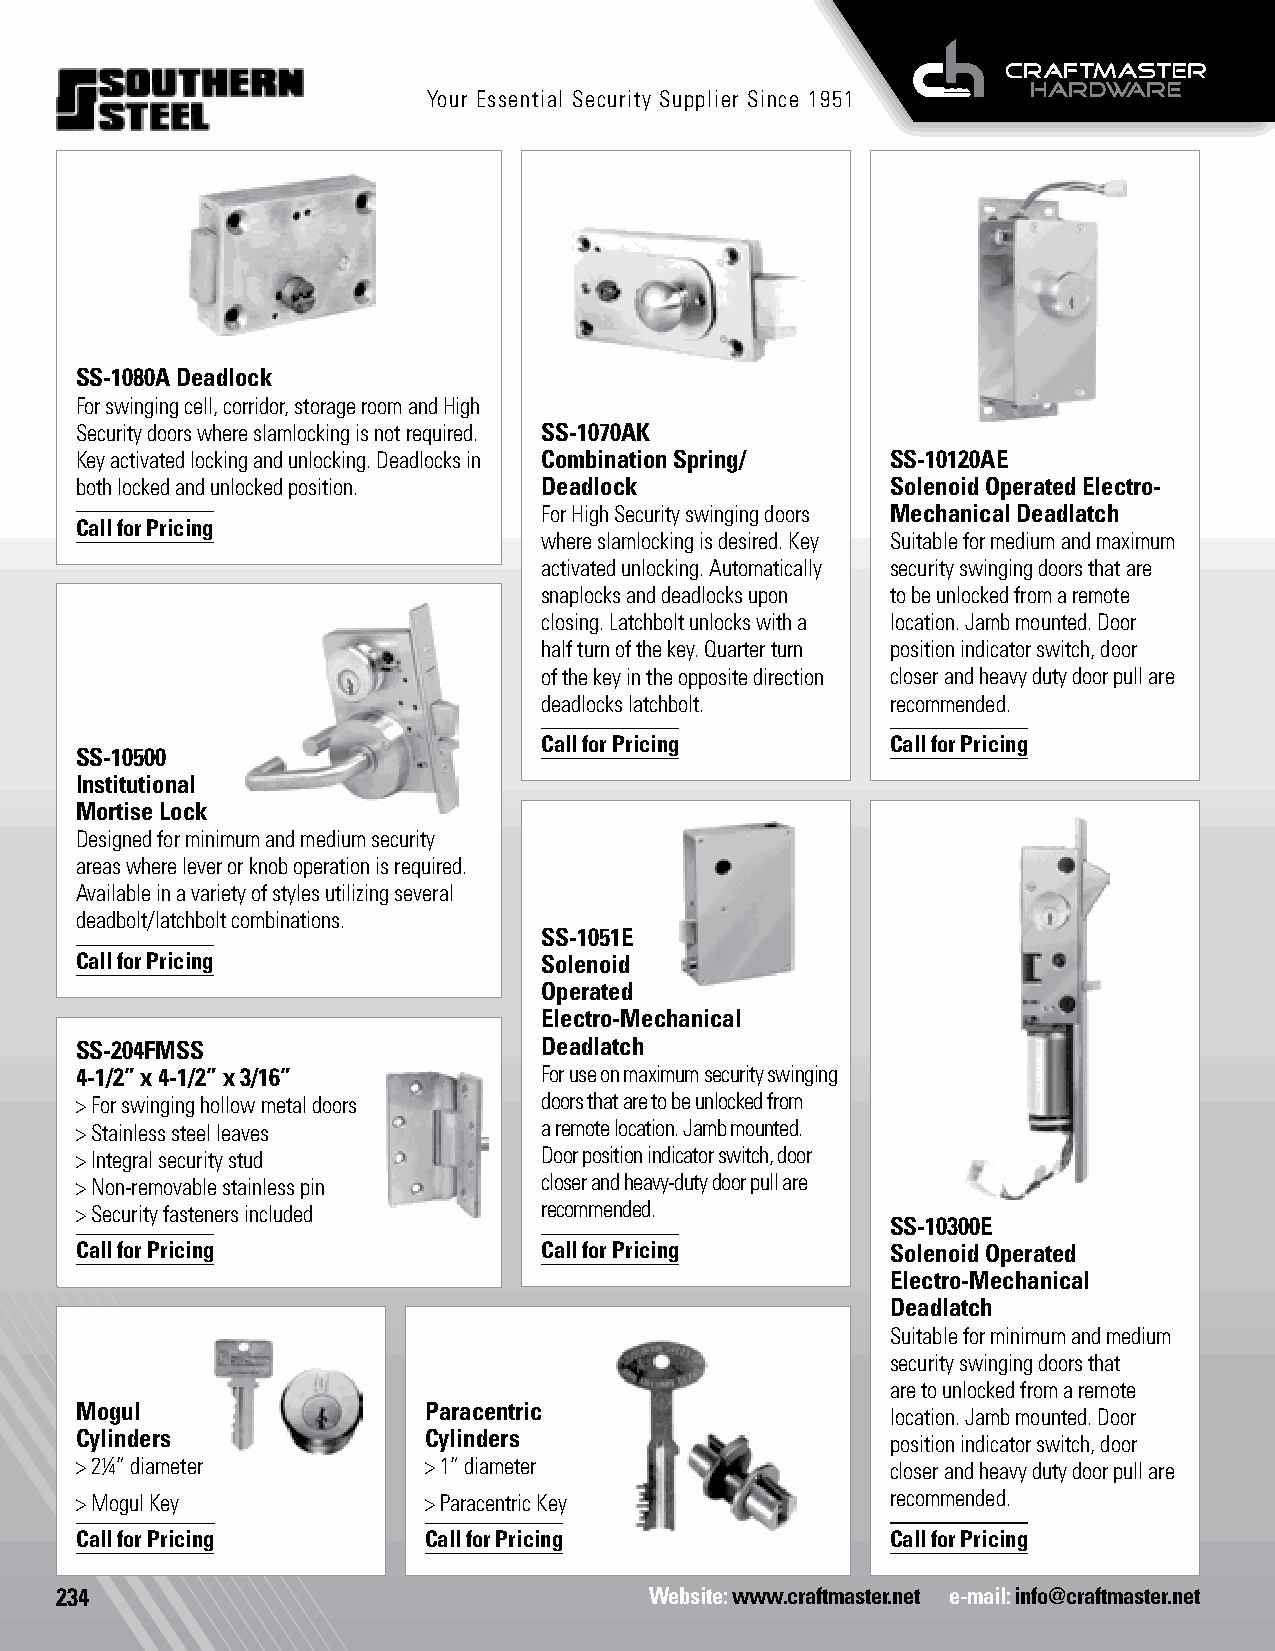
Detention Locks Prison Locks
 Your Essential Security Supplier Since 1951
 SS-1080A Deadlock Electric Deadbolts
 For swinging cell, corridor, storage room and High
 Security doors where slamlocking is not required. SS-1070AK
 Key activated locking and unlocking. Deadlocks in Combination Spring/ SS-10120AE
 both locked and unlocked position. Deadlock           Solenoid Operated Electro-
 For High Security swinging doors Mechanical Deadlatch
 Call for Pricing
 where slamlocking is desired. Key Suitable for medium and maximum
 activated unlocking. Automatically security swinging doors that are
 snaplocks and deadlocks upon to be unlocked from a remote
 closing. Latchbolt unlocks with a location. Jamb mounted. Door
 half turn of the key. Quarter turn position indicator switch, door
 of the key in the opposite direction closer and heavy duty door pull are
 deadlocks latchbolt.   recommended.
 Call for Pricing       Call for Pricing
 SS-10500
 Institutional
 Mortise Lock
 Designed for minimum and medium security
 areas where lever or knob operation is required.
 Available in a variety of styles utilizing several
 deadbolt/latchbolt combinations.
 SS-1051E
 Call for Pricing               Solenoid
 Operated
 Electro-Mechanical
 SS-204FMSS                     Deadlatch
 4-1/2” x 4-1/2” x 3/16”        For use on maximum security swinging
 > For swinging hollow metal doors doors that are to be unlocked from
 > Stainless steel leaves       a remote location. Jamb mounted.
 > Integral security stud       Door position indicator switch, door
 > Non-removable stainless pin  closer and heavy-duty door pull are
 > Security fasteners included  recommended.
 SS-10300E
 Call for Pricing               Call for Pricing       Solenoid Operated
 Electro-Mechanical
 Deadlatch
 Suitable for minimum and medium
 security swinging doors that
 are to unlocked from a remote
 Mogul                  Paracentric
 location. Jamb mounted. Door
 Cylinders              Cylinders
 position indicator switch, door
 > 2¼” diameter         > 1” diameter                  closer and heavy duty door pull are
 > Mogul Key            > Paracentric Key              recommended.
 Call for Pricing       Call for Pricing               Call for Pricing
 234                                    Website: www.craftmaster.net e-mail: info@craftmaster.net